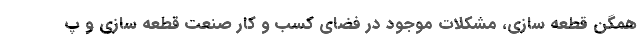
همگن قطعه سازی، مشکلات موجود در فضای کسب و کار صنعت قطعه سازی و پ